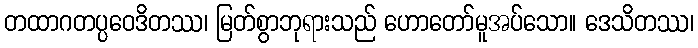
တထာဂတပ္ပဝေဒိတဿ၊ မြတ်စွာဘုရားသည် ဟောတော်မူအပ်သော။ ဒေသိတဿ၊